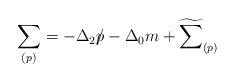
LaTeX: \begin{align*}\sum_{(p)}=-\Delta_{2}p\hspace{-0.2cm}/-\Delta_{0}m+\widetilde{\sum}_{(p)}\end{align*}